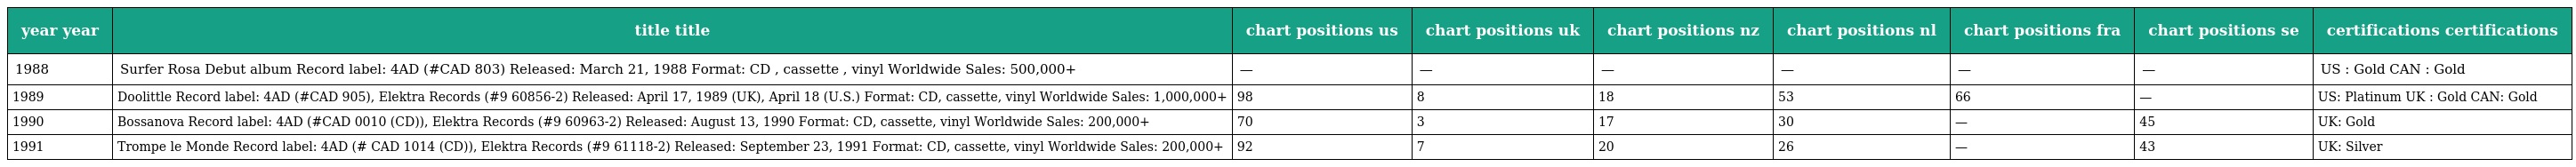
| year year | title title | chart positions us | chart positions uk | chart positions nz | chart positions nl | chart positions fra | chart positions se | certifications certifications |
 | --- | --- | --- | --- | --- | --- | --- | --- | --- |
 | 1988 | Surfer Rosa Debut album Record label: 4AD (#CAD 803) Released: March 21, 1988 Format: CD , cassette , vinyl Worldwide Sales: 500,000+ | — | — | — | — | — | — | US : Gold CAN : Gold |
 | 1989 | Doolittle Record label: 4AD (#CAD 905), Elektra Records (#9 60856-2) Released: April 17, 1989 (UK), April 18 (U.S.) Format: CD, cassette, vinyl Worldwide Sales: 1,000,000+ | 98 | 8 | 18 | 53 | 66 | — | US: Platinum UK : Gold CAN: Gold |
 | 1990 | Bossanova Record label: 4AD (#CAD 0010 (CD)), Elektra Records (#9 60963-2) Released: August 13, 1990 Format: CD, cassette, vinyl Worldwide Sales: 200,000+ | 70 | 3 | 17 | 30 | — | 45 | UK: Gold |
 | 1991 | Trompe le Monde Record label: 4AD (# CAD 1014 (CD)), Elektra Records (#9 61118-2) Released: September 23, 1991 Format: CD, cassette, vinyl Worldwide Sales: 200,000+ | 92 | 7 | 20 | 26 | — | 43 | UK: Silver |